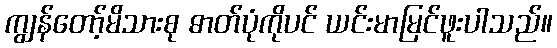
ကျွန်တော့်မိသားစု ဓာတ်ပုံကိုပင် ယင်းမာမြင်ဖူးပါသည်။